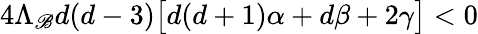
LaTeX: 4\Lambda_{\mathscr{B}}d(d-3)\big[d(d+1)\alpha+d\beta+2\gamma\big]<0